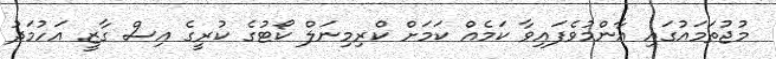
މުޖުތަމައުގައި އާންމުވެފައިވާ ކަމެއް ކަމަށް ކްރިމިނަލް ކޯޓުގެ ކުރީގެ އިސް ގާޒީ އަހުމަދު